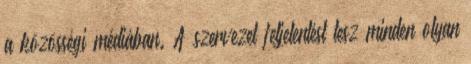
a közösségi médiában. A szervezet feljelentést tesz minden olyan